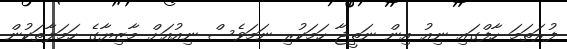
ފުރަތަމަ ހާފްގައި ނިއު އިން ނަތީޖާ ހަމަކުރި ނަމަވެސް ނިއުއަށް މާޒިޔާގެ ހަމަލާތަކުން